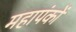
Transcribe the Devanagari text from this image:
महापंकों